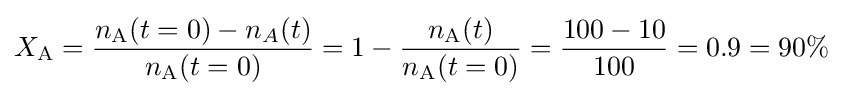
X_{\mathrm {A} }={\frac {n_{\mathrm {A} }(t=0)-n_{A}(t)}{n_{\mathrm {A} }(t=0)}}=1-{\frac {n_{\mathrm {A} }(t)}{n_{\mathrm {A} }(t=0)}}={\frac {100-10}{100}}=0.9=90\%